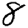
Digit: 8